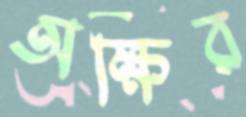
অক্ষির